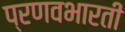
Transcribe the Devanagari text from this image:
प्रणवभारती